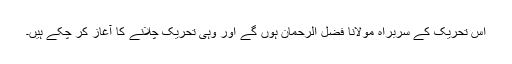
اس تحریک کے سربراہ مولانا فضل الرحمان ہوں گے اور وہی تحریک چلانے کا آغاز کر چکے ہیں۔